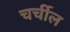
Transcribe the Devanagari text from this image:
चर्चील